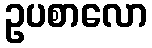
ဥပစာလော